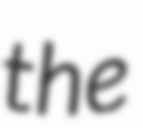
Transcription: the